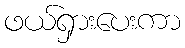
ဖယ်ရှားပေးကာ